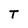
Character: T